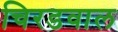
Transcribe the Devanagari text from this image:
चिरडवाल